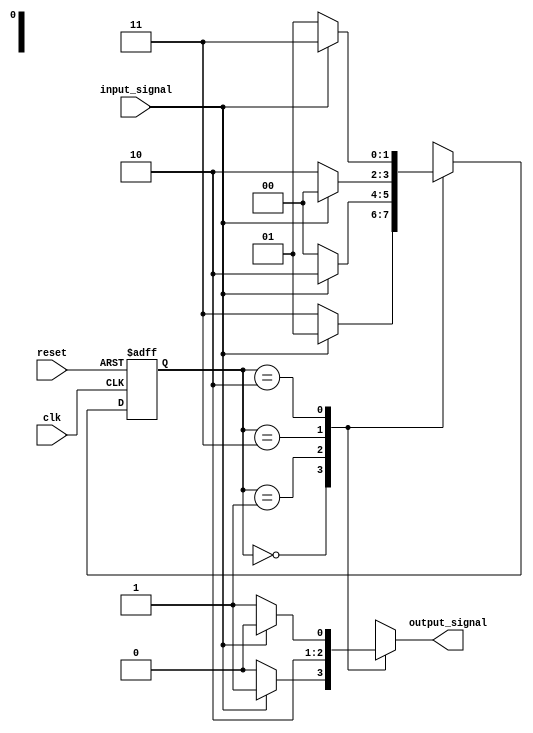
module state_machine (
    input wire clk,
    input wire reset,
    input wire input_signal,
    output reg output_signal
);

// Define states using Gray code encoding
parameter STATE_0 = 2'b00;
parameter STATE_1 = 2'b01;
parameter STATE_2 = 2'b11;
parameter STATE_3 = 2'b10;

// Define state register to store current state
reg [1:0] state_reg, next_state;

// State transition logic
always @(posedge clk or posedge reset) begin
    if (reset) begin
        state_reg <= STATE_0;
    end else begin
        state_reg <= next_state;
    end
end

// Next state logic based on current state and input signals
always @(*) begin
    case(state_reg)
        STATE_0: begin
            if(input_signal)
                next_state = STATE_1;
            else
                next_state = STATE_2;
        end
        STATE_1: begin
            next_state = input_signal ? STATE_3 : STATE_0;
        end
        STATE_2: begin
            next_state = input_signal ? STATE_0 : STATE_3;
        end
        STATE_3: begin
            next_state = input_signal ? STATE_2 : STATE_1;
        end
        default: next_state = STATE_0;
    endcase
end

// Output generation based on current state
always @(*) begin
    case(state_reg)
        STATE_0: output_signal = input_signal ? 1'b1 : 1'b0;
        STATE_1: output_signal = 1'b1;
        STATE_2: output_signal = 1'b0;
        STATE_3: output_signal = input_signal ? 1'b0 : 1'b1;
        default: output_signal = 1'b0;
    endcase
end

endmodule